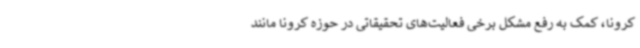
کرونا، کمک به رفع مشکل برخی فعالیت‌های تحقیقاتی در حوزه کرونا مانند